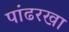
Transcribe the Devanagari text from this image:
पांढरखा